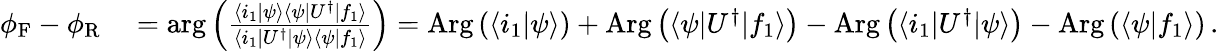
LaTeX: \begin{array}{rl}{\phi_{\mathrm{F}}-\phi_{\mathrm{R}}}&{{}=\mathrm{arg}\left(\frac{\langle i_{1}|\psi\rangle\langle\psi|U^{\dagger}|f_{1}\rangle}{\langle i_{1}|U^{\dagger}|\psi\rangle\langle\psi|f_{1}\rangle}\right)=\mathrm{Arg}\left(\langle i_{1}|\psi\rangle\right)+\mathrm{Arg}\left(\langle\psi|U^{\dagger}|f_{1}\rangle\right)-\mathrm{Arg}\left(\langle i_{1}|U^{\dagger}|\psi\rangle\right)-\mathrm{Arg}\left(\langle\psi|f_{1}\rangle\right)\, .}\end{array}